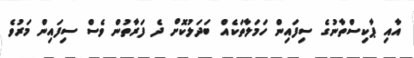
އާއި ޕާކިސްތާނުގެ ސިފައިން ހަމަލާތަކެއް ބަދަލުކޮށް ދެ ފަރާތުން ވެސް ސިފައިން މަރުވެ